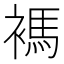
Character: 𧜗